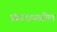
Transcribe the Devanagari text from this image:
संप्रादायातील